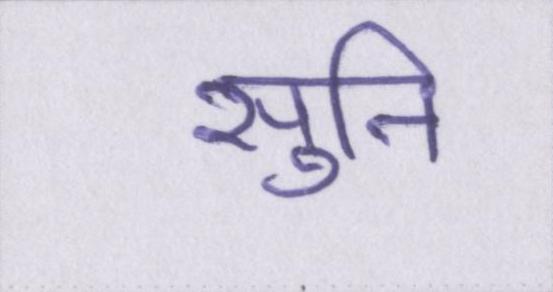
सुनि